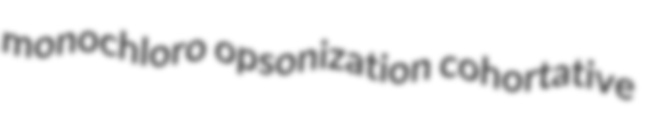
monochloro opsonization cohortative